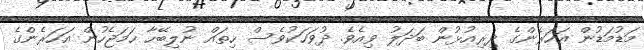
މަޑުމަޑުން އަހަރެންގެ ދިރިއުޅުން ބަދަލު ވިއެވެ. ދުވަހަކުވެސް ހިތައް ނުލިބޭހާ ހަމަޖެހުން އަހަރެންގެ